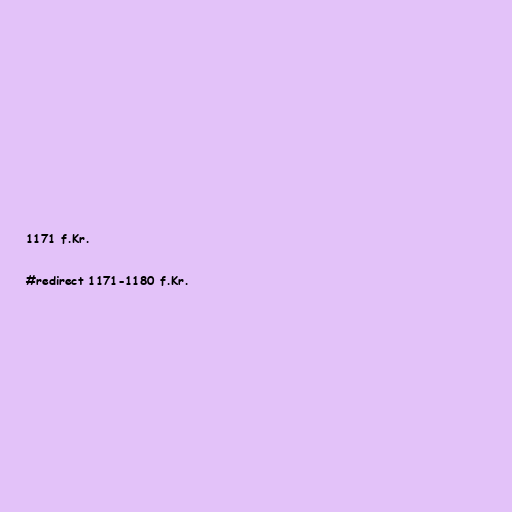
1171 f.Kr.

#redirect 1171-1180 f.Kr.